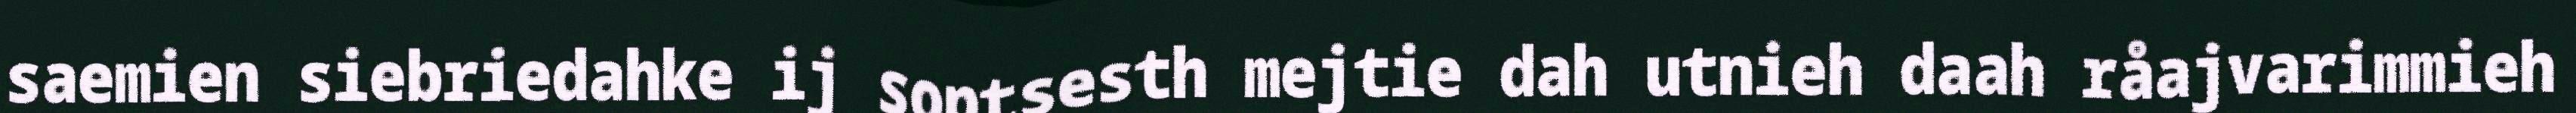
saemien siebriedahke ij soptsesth mejtie dah utnieh daah råajvarimmieh